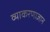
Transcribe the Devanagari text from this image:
व्याकरणाज्ञान